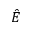
\hat { E }